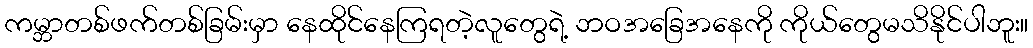
ကမ္ဘာတစ်ဖက်တစ်ခြမ်းမှာ နေထိုင်နေကြရတဲ့လူတွေရဲ့ ဘဝအခြေအနေကို ကိုယ်တွေမသိနိုင်ပါဘူး။